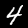
Label: 4